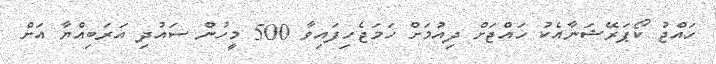
ހައްޖު ކޯޕަރޭޝަނާއެކު ހައްޖަށް ދިއުމަށް ހަމަޖެހިފައިވާ 500 މީހުން ސައުދި އަރަބިއްޔާ އަށް